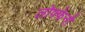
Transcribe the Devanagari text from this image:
लोफ्फेनौ